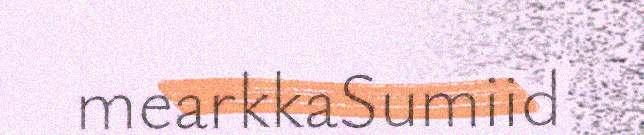
mearkkaSumiid